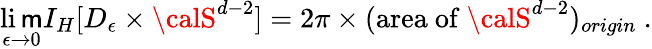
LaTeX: \operatorname*{li\mathsf{m}}_{\epsilon\rightarrow0}I_{H}[D_{\epsilon}\times{\calS}^{d-2}]=2\pi\times(\mathrm{{area~of~}}{\calS}^{d-2})_{origin}\ .